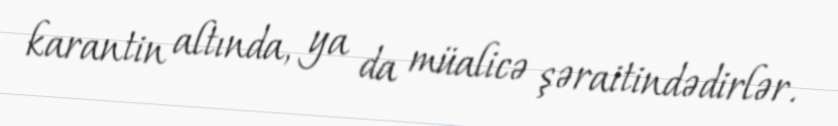
karantin altında, ya da müalicə şəraitindədirlər.